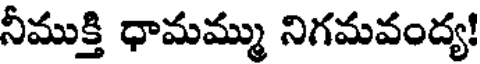
నీముక్తి ధామమ్ము నిగమవంద్య!